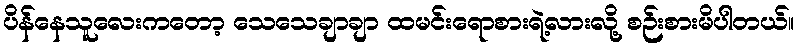
ပိန်နေသူလေးကတော့ သေသေချာချာ ထမင်းရောစားရဲ့လားလို့ စဉ်းစားမိပါတယ်။